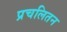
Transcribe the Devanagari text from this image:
प्रचलितन